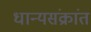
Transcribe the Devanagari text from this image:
धान्यसंक्रांत